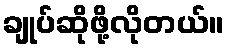
ချုပ်ဆိုဖို့လိုတယ်။